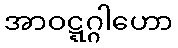
အာဝဋ္ဋဂ္ဂါဟော